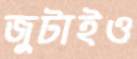
জুটাইও